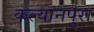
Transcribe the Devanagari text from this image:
कल्यानपुरा